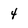
Character: 4